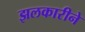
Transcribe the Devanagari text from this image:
झलकारीने